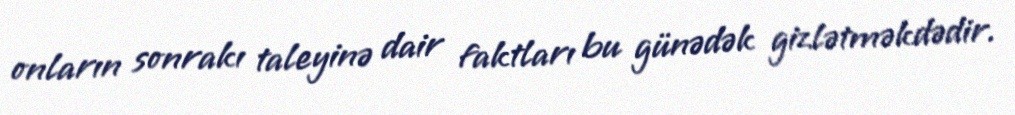
onların sonrakı taleyinə dair faktları bu günədək gizlətməkdədir.